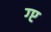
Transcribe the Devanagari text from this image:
ग्प्ट